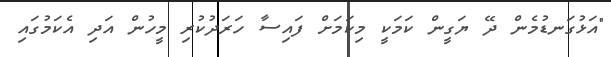
"އަޅުގަނޑުމެން ދޭ ޔަގީން ކަމަކީ މިކަމަށް ފައިސާ ހަރަދުކުރި މީހުން އަދި އެކަމުގައި